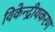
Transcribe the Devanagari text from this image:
विकेन्द्रीयकरण